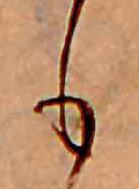
も